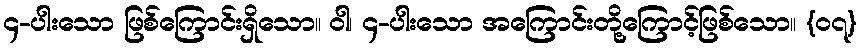
၄-ပါးသော ဖြစ်ကြောင်းရှိသော။ ဝါ၊ ၄-ပါးသော အကြောင်းတို့ကြောင့်ဖြစ်သော။ {၀၇}